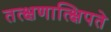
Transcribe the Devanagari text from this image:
तत्क्षणात्क्षिपते